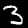
Label: 3